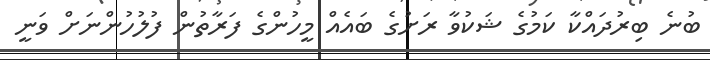
ބުނެ ބިރުދައްކާ ކަމުގެ ޝަކުވާ ރަށުގެ ބައެއް މީހުންގެ ފަރާތުން ފުލުހުންނަށް ވަނީ